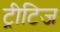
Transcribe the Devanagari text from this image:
ट्रीटिज